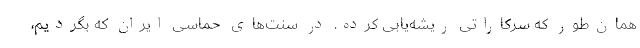
همان‌طور که سرکاراتی ریشه‌یابی کرده. در سنت‌های حماسی ایران که بگردیم،